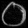
Digit: ၀